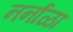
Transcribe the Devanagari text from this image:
नर्नाळा